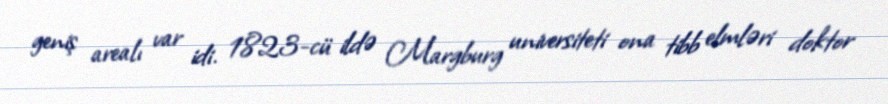
geniş arealı var idi. 1823-cü ildə Margburg universiteti ona tibb elmləri doktor